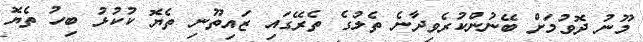
މޫނު ދޮވުމަށް ބޭނުންކުރެވިދާނެ ތެލުގެ ތެރޭގައި ޒައިތޫނި ތެޔޮ ކުކުޅު ބިހު ތެޔޮ